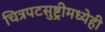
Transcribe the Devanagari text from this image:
चित्रपटसुष्ट्रीमध्येही